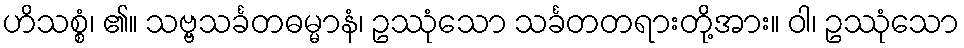
ဟိသစ္စံ၊ ၏။ သဗ္ဗသင်္ခတဓမ္မာနံ၊ ဥဿုံသော သင်္ခတတရားတို့အား။ ဝါ၊ ဥဿုံသော